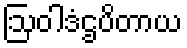
ဩဝါဒံဌပိတာယ